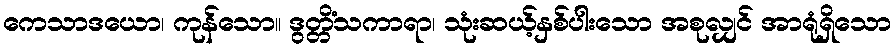
ကေသာဒယော၊ ကုန်သော။ ဒွတ္တိံသကာရာ၊ သုံးဆယ့်နှစ်ပါးသော အစုလျှင် အာရုံရှိသော